Report on lock hospitals in British Burma
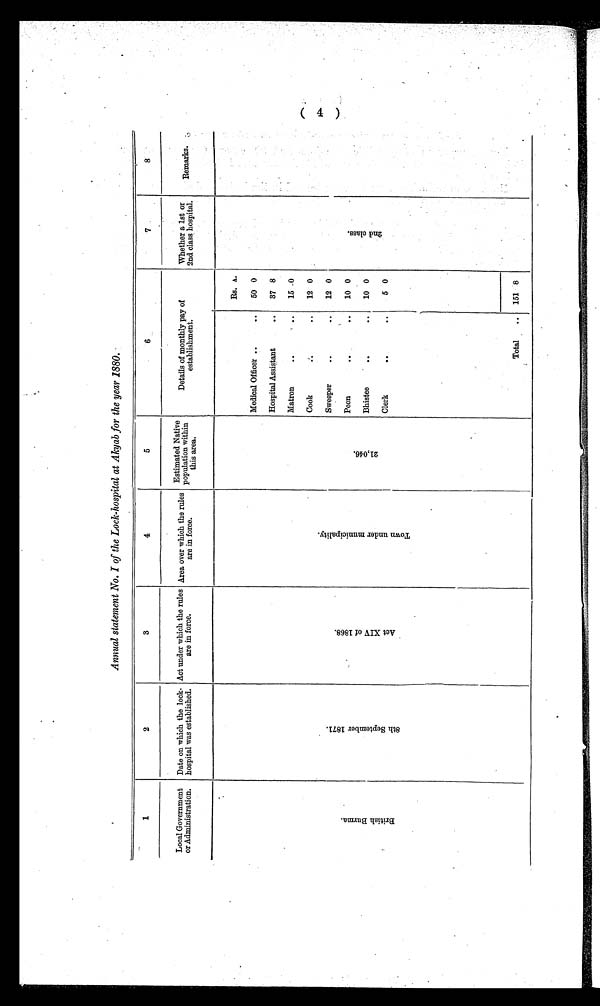
Annual statement No. I of the Lock-hospital at Akyab for the year 1880.
1
2
3
4
5
6
7
8
Local Government
or Administration,
Date on which the lock-
hospital was established.
Act under which the rules
are in force.
Area over which the rules
are in force.
Estimated Native
population within
this area.
Details of monthly pay of
e s t a b l i s h me n t .
Whether a 1st or
2nd class hospital.
Remarks.
B r i t i s h B u r m a .
8 t h S e p t e m b e r 1 8 7 1 .
A c t X I V o f 1 8 6 8 .
T o w n u n d e r m u n i c i p a l i t y .
2 1 , 0 4 6 .
Medical Officer ..
..
Rs.
50
A.
0
2 n d c l a s s .
Hospital Assistant
..
37 8
Matron
.. ..
15 0
Cook .. . .
12 0
Sweeper
..
..
12 0
Peon
..
..
10 0
Bhistee
.. ..
10 0
Clerk
.. ..
5 0
Total
.. 151 8
( 4 )